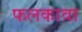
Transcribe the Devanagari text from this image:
फलकावा